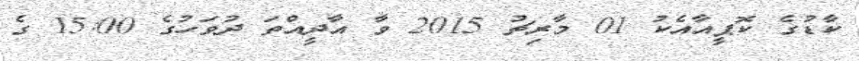
ކާޑުގެ ކޮޕީއާއެކު 01 މާރިޗު 2015 ވާ އާދީއްތަ ދުވަހުގެ 15:00 ގެ